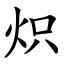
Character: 炽